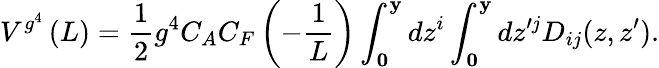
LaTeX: V^{g^{4}}\left(L\right)=\frac{1}{2}g^{4}C_{A}C_{F}\left({-\frac{1}{L}}\right)\int_{\mathbf 0}^{\mathbf y}{dz^{i}}\int_{\mathbf 0}^{\mathbf y}{dz^{\prime j}}D_{ij}(z,z^{\prime}).